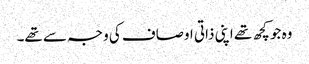
وہ جو کچھ تھے اپنی ذاتی اوصاف کی وجہ سے تھے۔